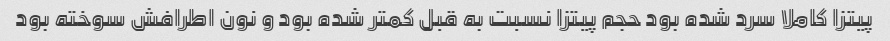
پیتزا کاملا سرد شده بود حجم پیتزا نسبت به قبل کمتر شده بود و نون اطرافش سوخته بود